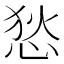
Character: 悐